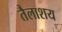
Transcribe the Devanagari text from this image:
तैलाशय